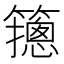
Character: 䉥